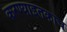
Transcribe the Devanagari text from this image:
करण्याइतकाच